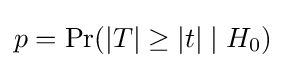
p=\Pr(|T|\geq |t|\mid H_{0})